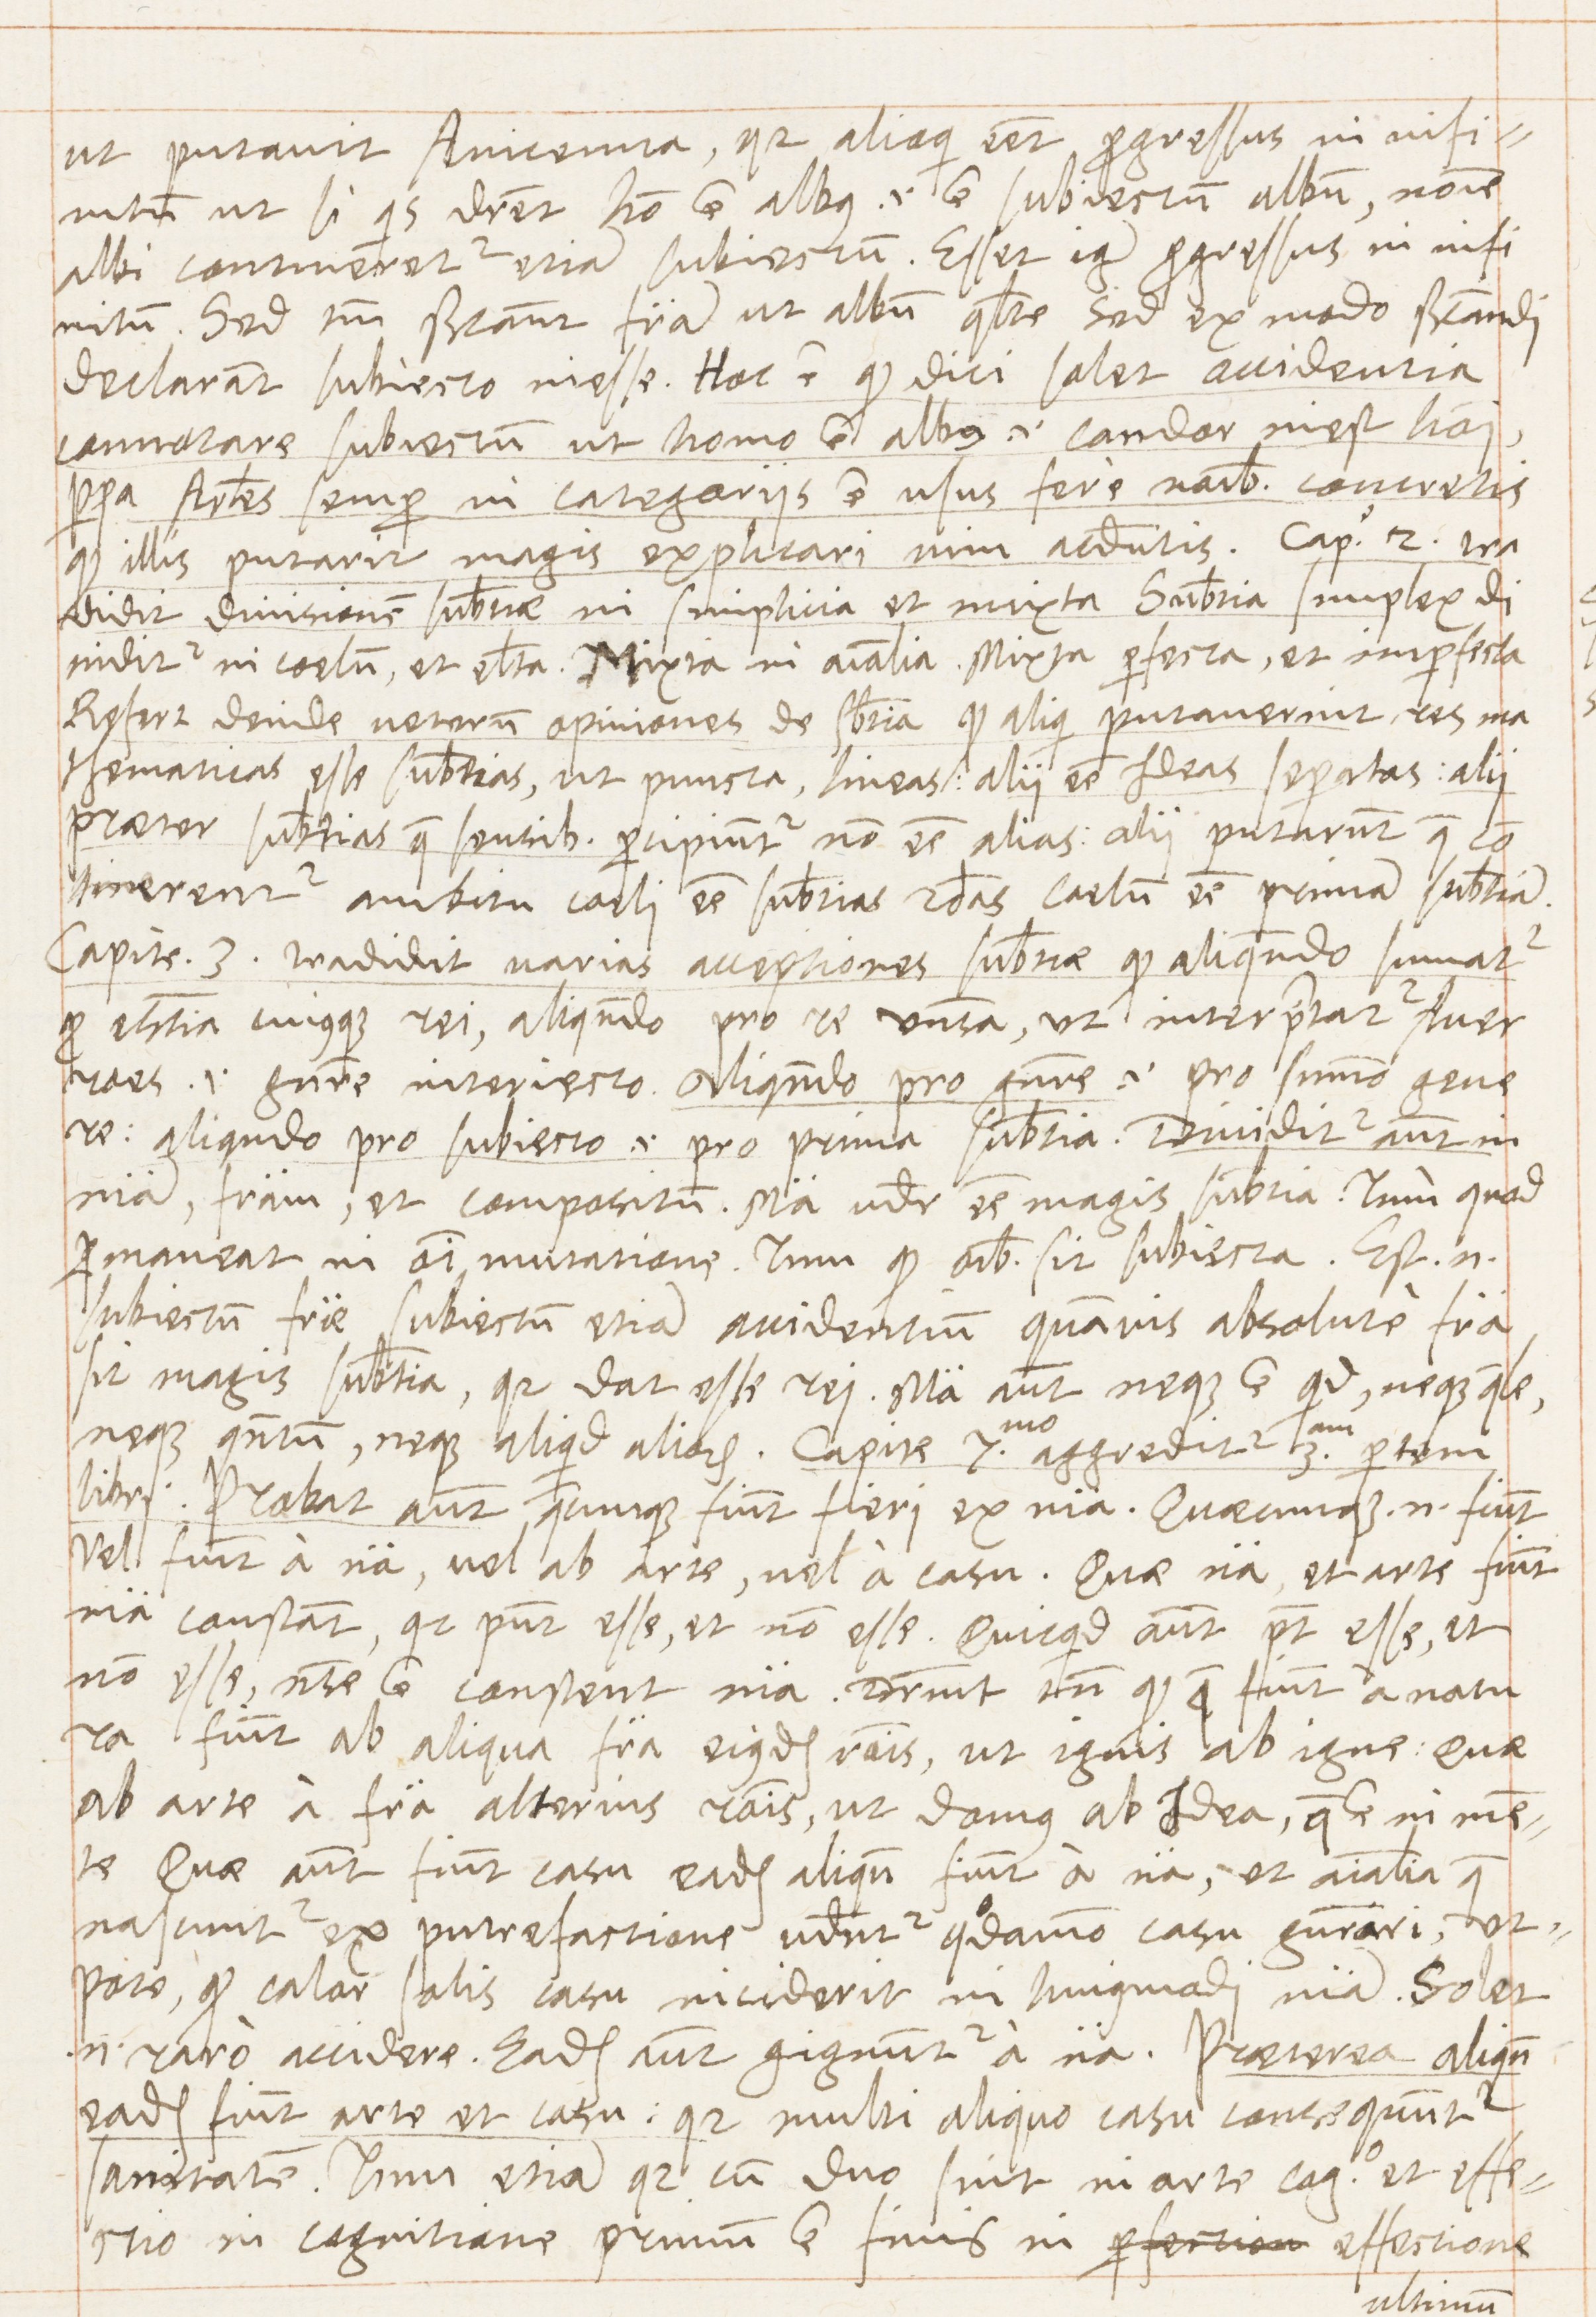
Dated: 1569–1569